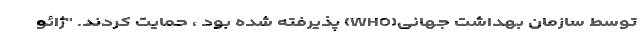
توسط سازمان بهداشت جهانی(WHO) پذیرفته شده بود ، حمایت کردند. "ژائو